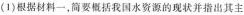
(1)根据材料一，简要概括我国水资源的现状并指出其主